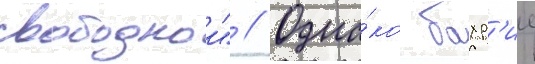
свободнои" // Одна́ко бахр'ие